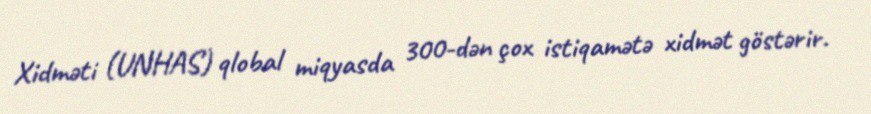
Xidməti (UNHAS) qlobal miqyasda 300-dən çox istiqamətə xidmət göstərir.